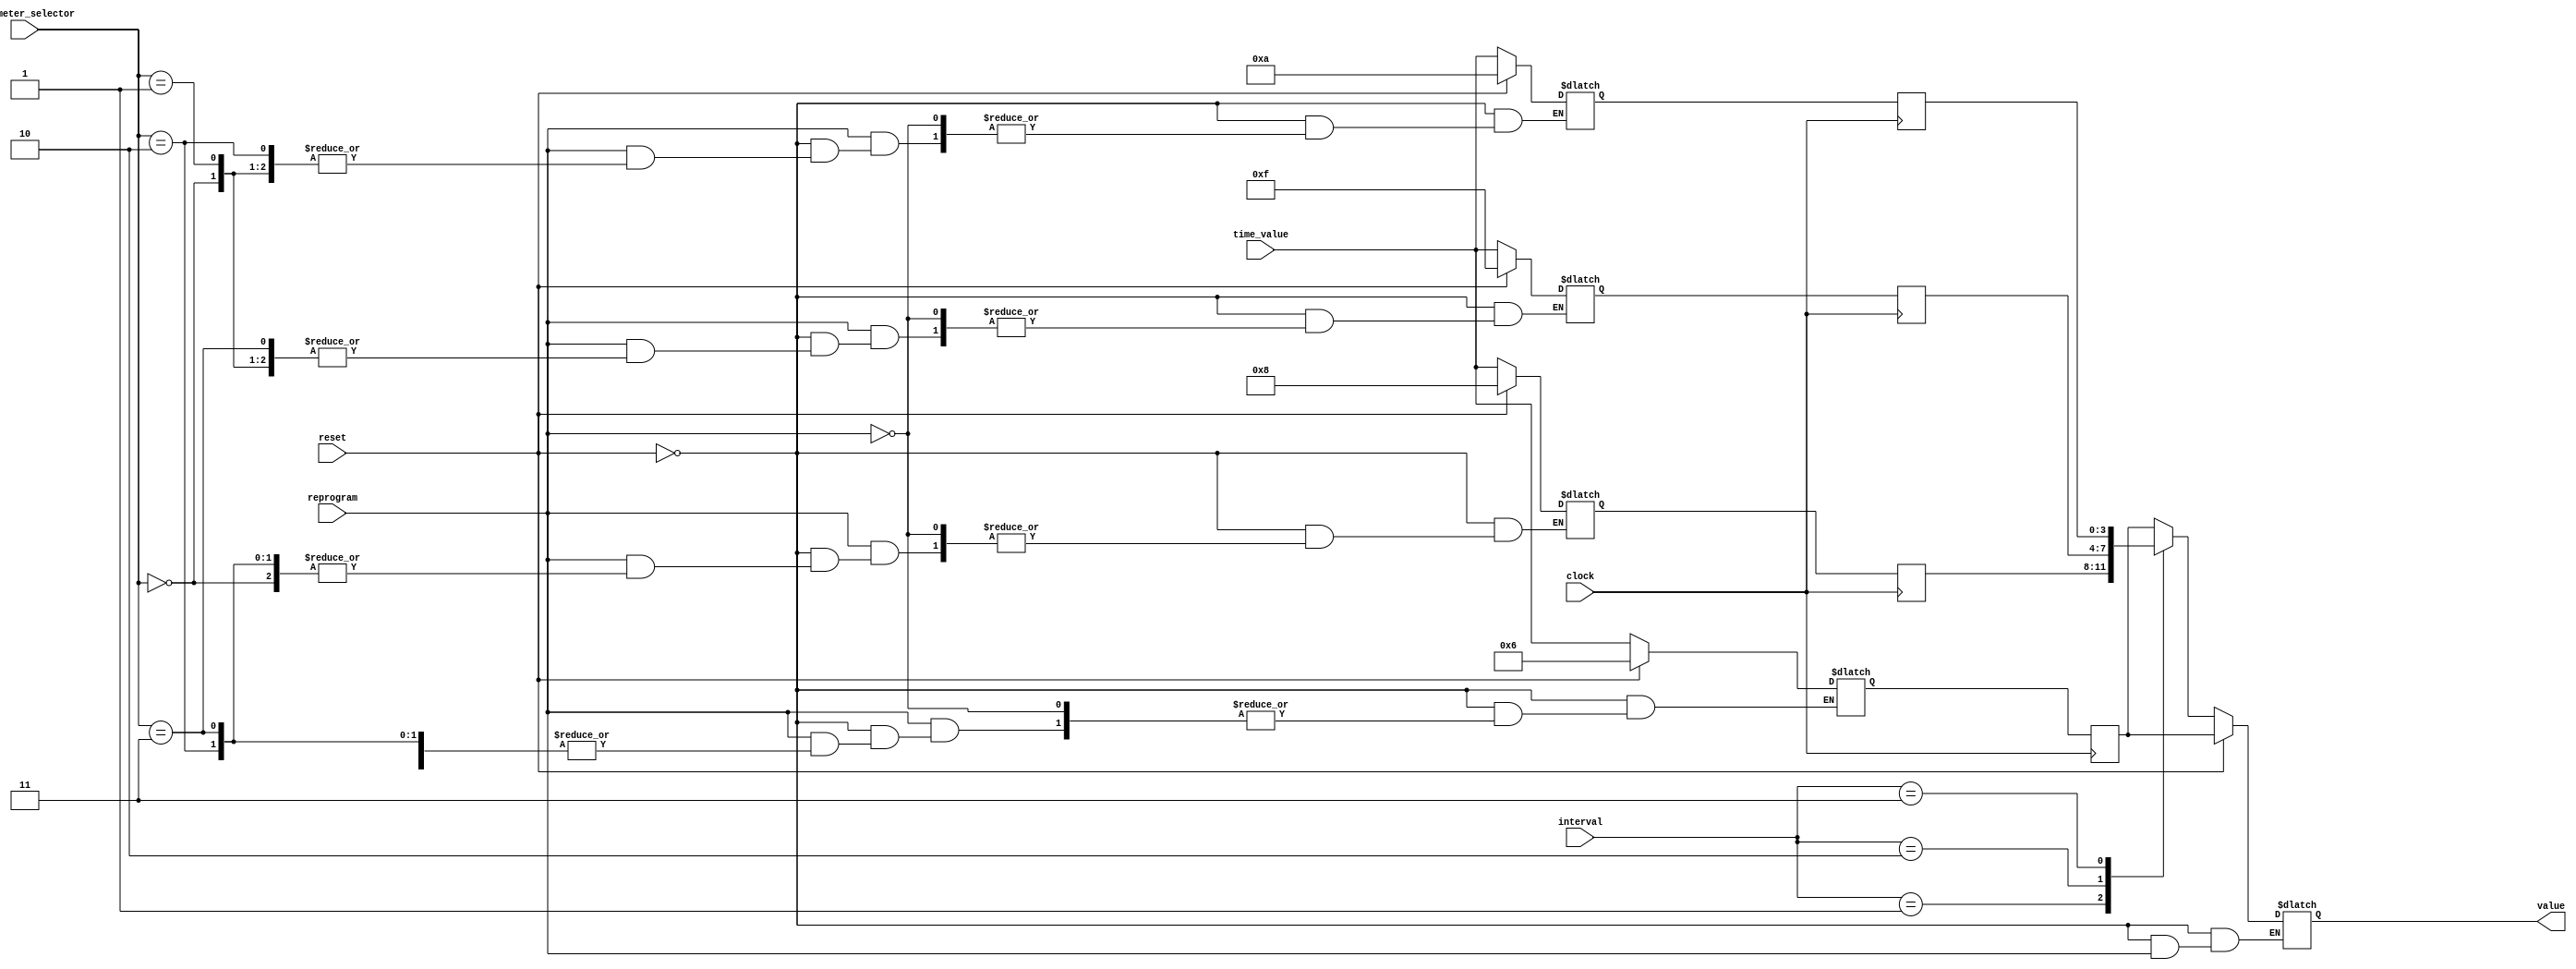
`timescale 1ns / 1ps
//////////////////////////////////////////////////////////////////////////////////
// Company: 
// Engineer: 
// 
// Design Name: 
// Module Name:    time_parameters 
// Project Name: 
// Target Devices: 
// Tool versions: 
// Description: 
//
// Dependencies: 
//
// Revision: 
// Revision 0.01 - File Created
// Additional Comments: 
//
//////////////////////////////////////////////////////////////////////////////////
module time_parameters(
    input reset,
	 input clock,
    input [1:0] parameter_selector, //from switch
    input [3:0] time_value,     //from switch
    input reprogram,
    input [1:0] interval,
    output [3:0] value
    );
    
	 parameter T_ARM_DELAY       = 2'b00;
	 parameter T_DRIVER_DELAY    = 2'b01;
	 parameter T_PASSENGER_DELAY = 2'b10;
	 parameter T_ALARM_ON        = 2'b11;
	 
	 reg [3:0] next_arm_delay, next_driver_delay, next_passenger_delay, next_alarm_on;
	 reg [3:0] arm_delay, driver_delay, passenger_delay, alarm_on;
	 
	 reg [3:0] next_value;
	 always @ * begin
	    if (reset)   begin 
		         next_arm_delay      = 4'b0110; //6
               next_driver_delay   = 4'b1000; //8
               next_passenger_delay=	4'b1111;//15
               next_alarm_on       = 4'b1010; //10

               next_value =  arm_delay;					
	    end
	    else if (reprogram) begin
		     case (parameter_selector)
			      T_ARM_DELAY:        next_arm_delay = time_value;
					
					T_DRIVER_DELAY:     next_driver_delay = time_value;
					
					T_PASSENGER_DELAY:  next_passenger_delay = time_value;
					 
					T_ALARM_ON:         next_alarm_on = time_value;
					
			      //default:  next_arm_delay = arm_delay;//improper parameter selected, do nothing
				endcase
		 end
		 else begin
		     case (interval)
			      T_ARM_DELAY:       next_value = arm_delay;  
					
					T_DRIVER_DELAY:    next_value = driver_delay;
					
					T_PASSENGER_DELAY: next_value = passenger_delay;
					
					T_ALARM_ON:        next_value = alarm_on;
					
			      default: next_value = arm_delay;
			  endcase
       end
       end
		 
		 
		 always @(posedge clock) begin
		   arm_delay <= next_arm_delay;
			driver_delay <= next_driver_delay;
			passenger_delay <= next_passenger_delay;
			alarm_on <= next_alarm_on;
			
		end
		 assign value = next_value;
endmodule